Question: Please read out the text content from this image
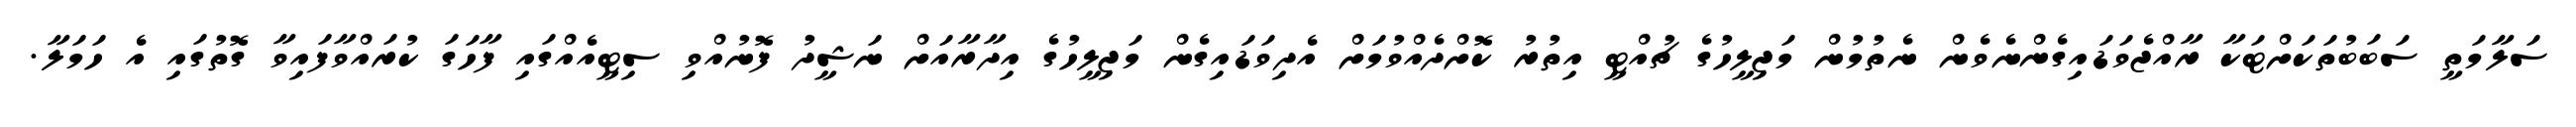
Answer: ސަލާމަތީ ސަބަބުތަކަށްޓަކާ ރާއްޖެވަޑައިގެންނެވެން ނެތުމުން މަޖިލީހުގެ ޗުއްޓީ އިތުރު ކޮށްދެއްވުމަށް އެދިވަޑައިގެން މަޖިލީހުގެ އިދާރާއަށް ނަޝީދު ފޮނުއްވި ސިޓީއެއްގައި ފާހަގަ ކުރައްވާފައިވާ ގޮތުގައި އެ ހަމަލާ.